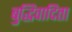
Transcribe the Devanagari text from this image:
बुद्धिवादिता